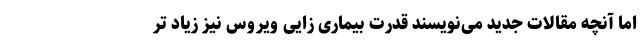
اما آنچه مقالات جدید می‌نویسند قدرت بیماری زایی ویروس نیز زیاد تر